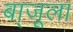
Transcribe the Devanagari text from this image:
बा्जूला